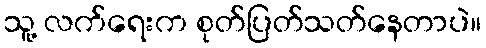
သူ့ လက်ရေးက စုတ်ပြတ်သတ်နေတာပဲ။